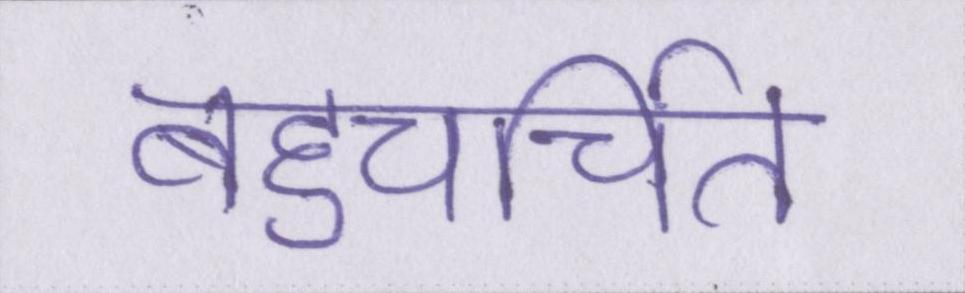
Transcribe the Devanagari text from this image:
बहुचर्चित